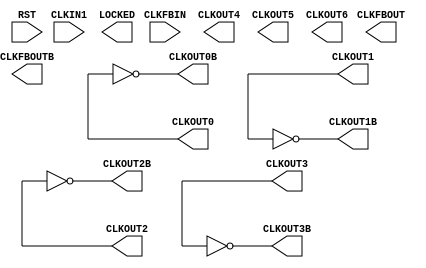
`default_nettype none

module MMCME4_BASE #(
    parameter BANDWIDTH="OPTIMIZED",   // Jitter programming (OPTIMIZED, HIGH, LOW)
    parameter CLKFBOUT_MULT_F=5,     // Multiply value for all CLKOUT (2.000-64.000).
    parameter CLKFBOUT_PHASE=0.000, // Phase offset in degrees of CLKFB (-360.000-360.000).
    parameter DIVCLK_DIVIDE=1,         // Master division value (1-106)
    parameter CLKIN1_PERIOD=0,         // Input clock period in ns to ps resolution (i.e. 33.333 is 30 MHz).
    parameter CLKOUT0_DIVIDE_F=1,    // Divide amount for CLKOUT0 (1.000-128.000).
    parameter CLKOUT0_PHASE=0.0,       // Phase offset for each CLKOUT (-360.000-360.000).
    parameter CLKOUT0_DUTY_CYCLE=0.5,

    parameter CLKOUT1_DIVIDE=1,    // Divide amount for CLKOUT0 (1.000-128.000).
    parameter CLKOUT1_PHASE=0.0,       // Phase offset for each CLKOUT (-360.000-360.000).
    parameter CLKOUT1_DUTY_CYCLE=0.5,

    parameter CLKOUT2_DIVIDE=1,    // Divide amount for CLKOUT0 (1.000-128.000).
    parameter CLKOUT2_PHASE=0.0,       // Phase offset for each CLKOUT (-360.000-360.000).
    parameter CLKOUT2_DUTY_CYCLE=0.5,

    parameter CLKOUT3_DIVIDE=1,    // Divide amount for CLKOUT0 (1.000-128.000).
    parameter CLKOUT3_PHASE=0.0,       // Phase offset for each CLKOUT (-360.000-360.000).
    parameter CLKOUT3_DUTY_CYCLE=0.5,

    parameter CLKOUT4_DIVIDE=1,    // Divide amount for CLKOUT0 (1.000-128.000).
    parameter CLKOUT4_PHASE=0.0,       // Phase offset for each CLKOUT (-360.000-360.000).
    parameter CLKOUT4_DUTY_CYCLE=0.5,

    parameter CLKOUT5_DIVIDE=1,    // Divide amount for CLKOUT0 (1.000-128.000).
    parameter CLKOUT5_PHASE=0.0,       // Phase offset for each CLKOUT (-360.000-360.000).
    parameter CLKOUT5_DUTY_CYCLE=0.5,

    parameter CLKOUT6_DIVIDE=1,    // Divide amount for CLKOUT0 (1.000-128.000).
    parameter CLKOUT6_PHASE=0.0,       // Phase offset for each CLKOUT (-360.000-360.000).
    parameter CLKOUT6_DUTY_CYCLE=0.5,

    parameter REF_JITTER1=0.0,         // Reference input jitter in UI (0.000-0.999).
    parameter STARTUP_WAIT="FALSE"     // Delays DONE until MMCM is locked (FALSE, TRUE)
        ) (
    input wire CLKFBIN, // 1-bit input: Feedback clock
    output wire CLKFBOUT,    // 1-bit output: Feedback clock
    output wire CLKFBOUTB,    // 1-bit output: Feedback clock

    input wire CLKIN1,      // 1-bit input: Clock
    input wire RST,                // 1-bit input: Reset


    output wire CLKOUT0,   // 1-bit output: CLKOUT0
    output wire CLKOUT0B,   //inverted CLKOUT0

    output wire CLKOUT1,   // 1-bit output: CLKOUT
    output wire CLKOUT1B,   //inverted CLKOUT
    
    output wire CLKOUT2,   // 1-bit output: CLKOUT
    output wire CLKOUT2B,   //inverted CLKOUT

    output wire CLKOUT3,   // 1-bit output: CLKOUT
    output wire CLKOUT3B,   //inverted CLKOUT


    output wire CLKOUT4,   // 1-bit output: CLKOUT
    output wire CLKOUT5,   // 1-bit output: CLKOUT
    output wire CLKOUT6,   // 1-bit output: CLKOUT

    output wire LOCKED                 // 1-bit output: LOCK
        );

    assign CLKOUT0B = ~CLKOUT0;
    assign CLKOUT1B = ~CLKOUT1;
    assign CLKOUT2B = ~CLKOUT2;
    assign CLKOUT3B = ~CLKOUT3;


endmodule